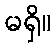
မရှိ။